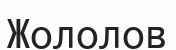
Жололов